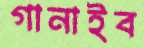
গানাইব